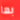
بها